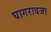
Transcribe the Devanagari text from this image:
घागरावजा